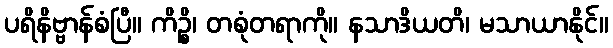
ပရိနိဗ္ဗာန်စံပြီ။ ကိဉ္စိ၊ တစုံတရာကို။ နသာဒိယတိ၊ မသာယာနိုင်။